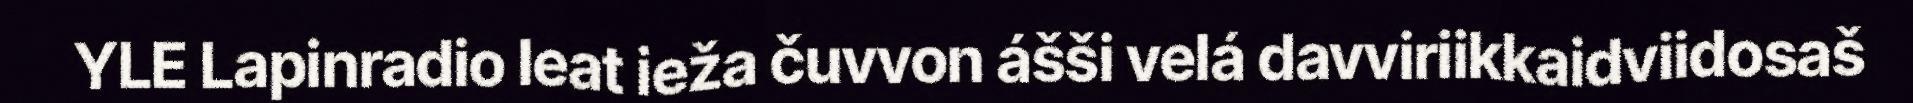
YLE Lapinradio leat ieža čuvvon ášši velá davviriikkaidviidosaš